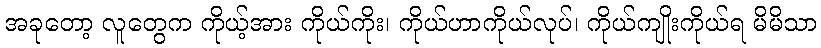
အခုတော့ လူတွေက ကိုယ့်အား ကိုယ်ကိုး၊ ကိုယ်ဟာကိုယ်လုပ်၊ ကိုယ်ကျိုးကိုယ်ရ မိမိသာ